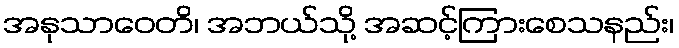
အနုသာဝေတိ၊ အဘယ်သို့ အဆင့်ကြားစေသနည်း၊